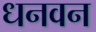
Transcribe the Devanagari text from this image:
धनवन